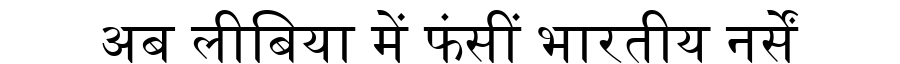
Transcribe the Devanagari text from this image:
अब लीबिया में फंसीं भारतीय नर्सें